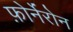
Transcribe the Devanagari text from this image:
फ़ोर्नेरोन